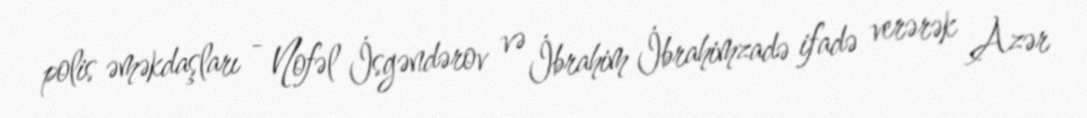
polis əməkdaşları - Nofəl İsgəndərov və İbrahim İbrahimzadə ifadə verərək Azər